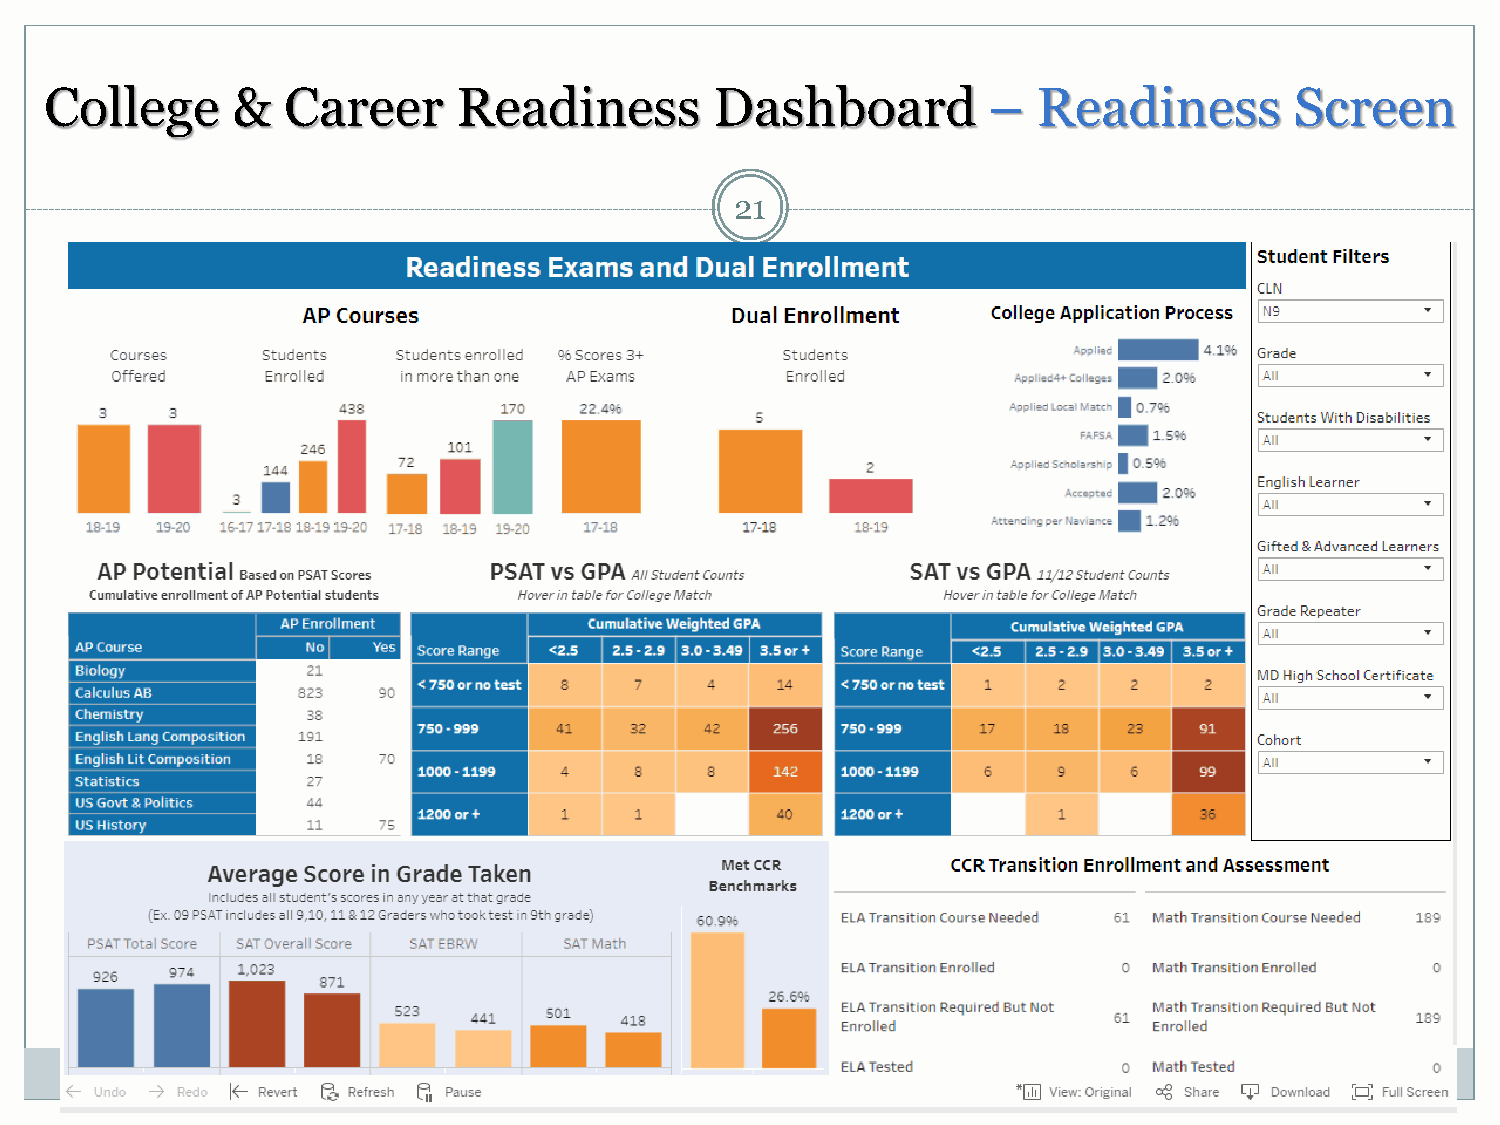
College     &   Career     Readiness        Dashboard         –   Readiness        Screen
 21